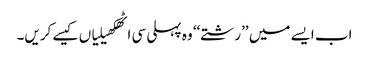
اب ایسے میں ’’رشتے‘‘ وہ پہلی سی اٹھکھیلیاں کیسے کریں۔